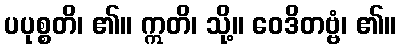
ပပုစ္စတိ၊ ၏။ ဣတိ၊ သို့။ ဝေဒိတဗ္ဗံ၊ ၏။